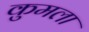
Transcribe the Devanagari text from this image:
कुमला